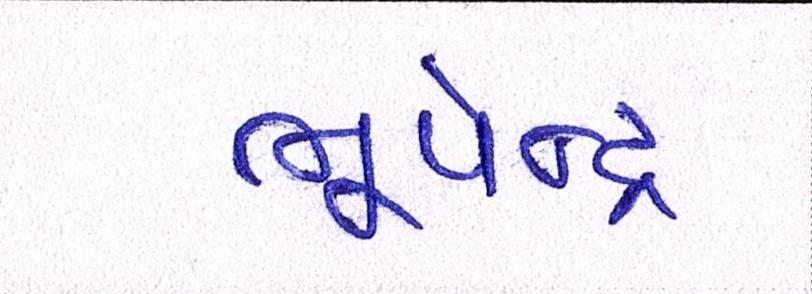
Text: ભૂપેન્દ્ર